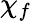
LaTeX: \chi_{f}